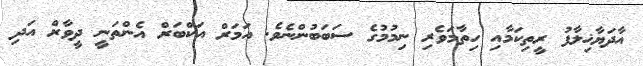
އާދަޔާޚިލާފު ރީތިކަމާއި ހިތާމަވެރި ނިމުމުގެ ސަބަބުންނެވެ. އަމަރް އަކްބަރް އެންތަނީ ދީވާރް އަދި